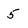
Character: 5